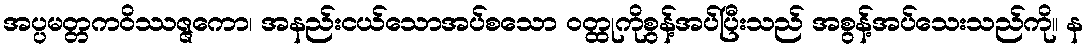
အပ္ပမတ္တကဝိဿဇ္ဇကော၊ အနည်းငယ်သောအပ်စသော ဝတ္ထုကိုစွန့်အပ်ပြီးသည် အစွန့်အပ်သေးသည်ကို။ န